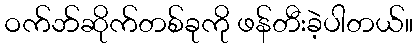
ဝက်ဘ်ဆိုက်တစ်ခုကို ဖန်တီးခဲ့ပါတယ်။